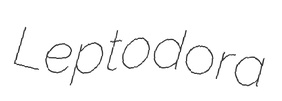
Leptodora